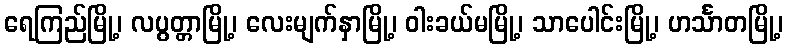
ရေကြည်မြို့၊ လပွတ္တာမြို့၊ လေးမျက်နှာမြို့၊ ဝါးခယ်မမြို့၊ သာပေါင်းမြို့၊ ဟင်္သာတမြို့၊